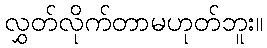
လွှတ်လိုက်တာမဟုတ်ဘူး။